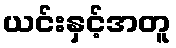
ယင်းနှင့်အတူ